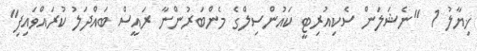
ޚިޔާލު 1  "ނެޝަލަން ސެކިއުރިޓީ ކައުންސިލްގެ މެންބަރުންނާ ރައީސް ބައްދަލު ކުރައްވައިފި"